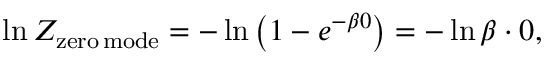
\ln Z _ { \mathrm { z e r o \, m o d e } } = - \ln \left( 1 - e ^ { - \beta 0 } \right) = - \ln \beta \cdot 0 ,